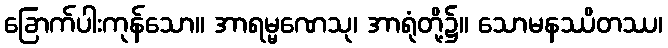
ခြောက်ပါးကုန်သော။ အာရမ္မဏေသု၊ အာရုံတို့၌။ သောမနဿိတဿ၊